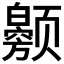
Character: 𬱲